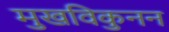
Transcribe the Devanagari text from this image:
मुखविकुनन